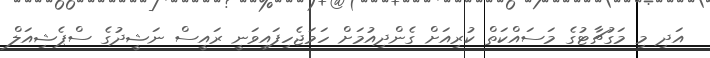
އަދި މި މަގުޗާޓުގެ މަސައްކަތް ކުރިއަށް ގެންދިއުމަށް ހަމަޖެހިފައިވަނީ ރައީސް ނަޝީދުގެ ސްޕެޝިއަލް